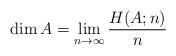
LaTeX: \begin{align*}\dim A = \lim_{n\to \infty} \frac{H(A;n)}{n}\end{align*}